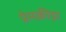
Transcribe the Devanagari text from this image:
प्रेमक्रीड़ा